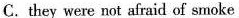
C.they were not afraid of smoke